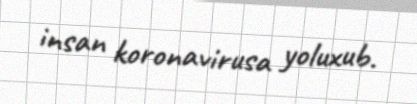
insan koronavirusa yoluxub.